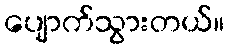
ပျောက်သွားတယ်။